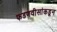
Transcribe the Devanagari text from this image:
फडणवीसांकडून